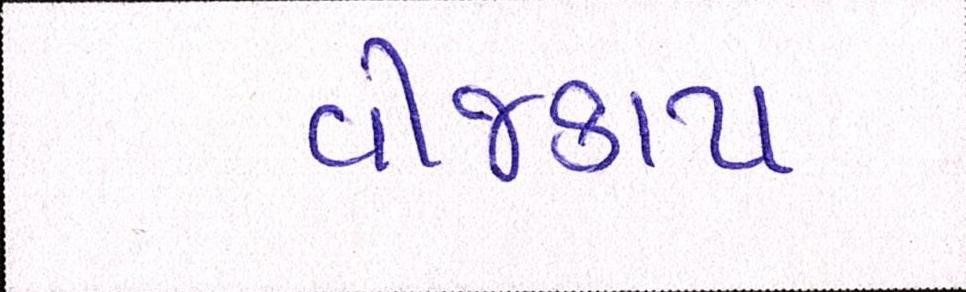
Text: વીજકાપ